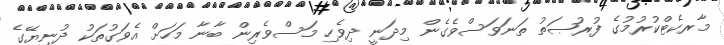
މާރކެޓްކުރުމުގެ ފުރުޞަތު ތަނަވަސްވެގެން މިދަނީ ދިވެހި މަސްވެރިން ބާނާ މަހަށް އެވަގުތަކު ދުނިޔޭގެ